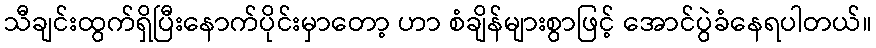
သီချင်းထွက်ရှိပြီးနောက်ပိုင်းမှာတော့ ဟာ စံချိန်များစွာဖြင့် အောင်ပွဲခံနေရပါတယ်။